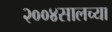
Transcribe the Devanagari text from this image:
२००४सालच्या